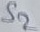
Text: S2